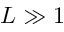
L \gg 1